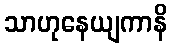
သာဟုနေယျကာနိ